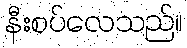
နီးစပ်လေသည်။